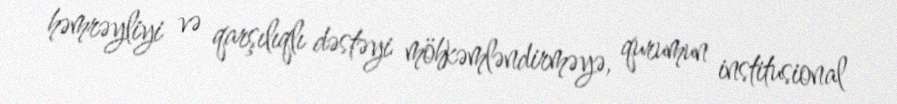
həmrəyliyi və qarşılıqlı dəstəyi möhkəmləndirməyə, qurumun institusional